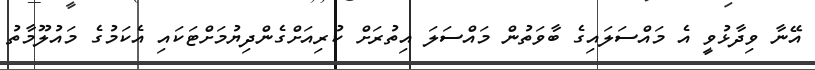
އޭނާ ވިދާޅުވީ އެ މައްސަލައިގެ ބާވަތުން މައްސަލަ އިތުރަށް ކުރިއަށްގެންދިޔުމަށްޓަކައި އެކަމުގެ މައުލޫމާތު